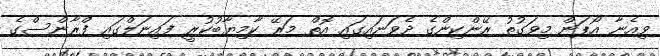
ވިއެނާ އޯޕަން މިވަގުތު ރޭންކިންގެ ދެވަނައިގައި އޮތް މަރޭ ކާމިޔާބުކުރީ ފައިނަލްގައި ފްރާންސްގެ